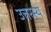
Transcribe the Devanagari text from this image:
उत्तरस्य